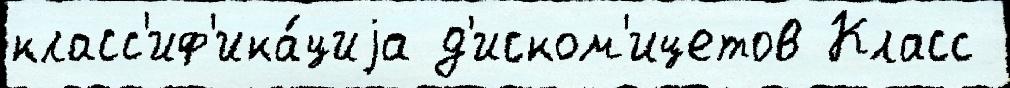
класс'иф'ика́циjа д'иском'ицетов Класс